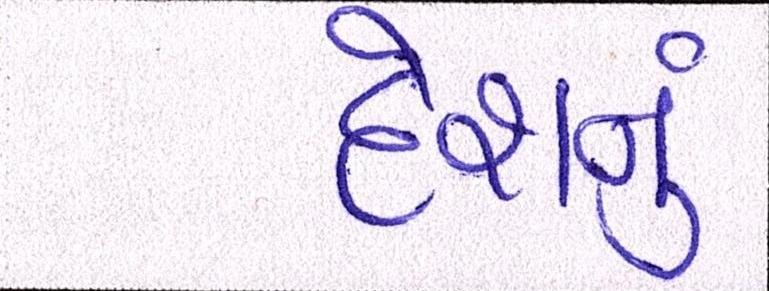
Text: દેશનું